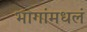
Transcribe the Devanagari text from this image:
भागांमधलं